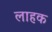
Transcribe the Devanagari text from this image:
लाहक